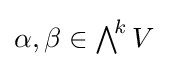
{\textstyle \alpha ,\beta \in \bigwedge ^{\!k}V}